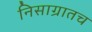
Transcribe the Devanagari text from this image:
निसाग्रातच